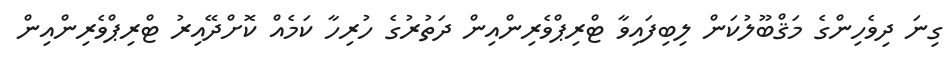
ގިނަ ދިވެހިންގެ މަޤްބޫލުކަން ލިބިފައިވާ ޓްރިޕްވެރިންއިން ދަތުރުގެ ހުރިހާ ކަމެއް ކޮށްދޭއިރު ޓްރިޕްވެރިންއިން